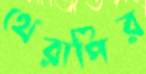
থেরাপির